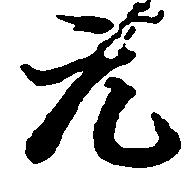
元